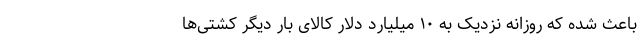
باعث شده که روزانه نزدیک به ۱۰ میلیارد دلار کالای بار دیگر کشتی‌ها